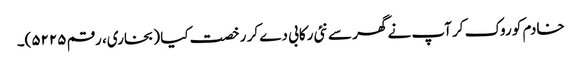
خادم کو روک کر آپ نے گھر سے نئی رکابی دے کر رخصت کیا (بخاری، رقم ۵۲۲۵)۔